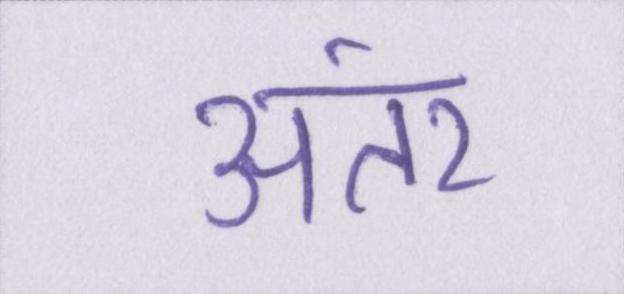
अंतर